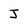
Character: J